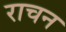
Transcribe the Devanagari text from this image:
राचन